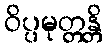
ဝိပ္ပမုတ္တန္တိ